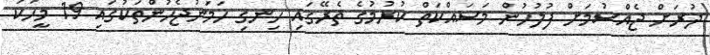
ދުރަށް ޖެއްސުމަށް ފުލުހުން މަސައްކަތް ކުރުމުގެ ތެރޭގައި ހިނގި ހަމަނުޖެހުންތަކުގައި 19 މީހަކު